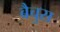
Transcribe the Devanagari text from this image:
बैचुस